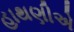
હાથણીએ